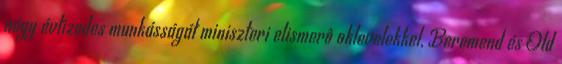
négy évtizedes munkásságát miniszteri elismerô oklevelekkel, Beremend és Old